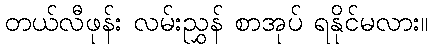
တယ်လီဖုန်း လမ်းညွှန် စာအုပ် ရနိုင်မလား။